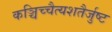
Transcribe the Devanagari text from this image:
कञ्चिच्चैत्यशतैर्जुष्ट